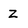
Character: z